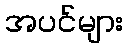
အပင်များ